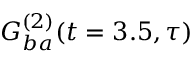
G _ { b a } ^ { ( 2 ) } ( t = 3 . 5 , \tau )